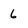
Character: 6